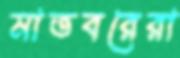
মাতবরেরা